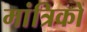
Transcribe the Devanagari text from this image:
मांत्रिकों